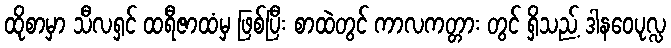
ထိုစာမှာ သီလရှင် ထရီဇာထံမှ ဖြစ်ပြီး စာထဲတွင် ကာလကတ္တား တွင် ရှိသည့် ဒါနဝေပုလ္လ